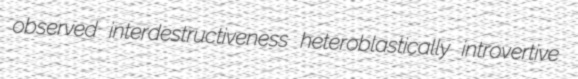
observed interdestructiveness heteroblastically introvertive